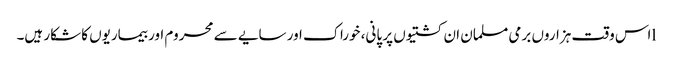
lاس وقت ہزاروں برمی مسلمان ان کشتیوں پر پانی، خوراک اور سایے سے محروم اور بیماریوں کا شکار ہیں۔